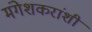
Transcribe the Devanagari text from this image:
मंगेशकरांशी